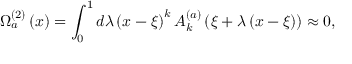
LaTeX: \Omega _ { a } ^ { \left( 2 \right) } \left( x \right) = \int _ { 0 } ^ { 1 } { d \lambda } \left( { x - \xi } \right) ^ { k } A _ { k } ^ { \left( a \right) } \left( { \xi + \lambda \left( { x - \xi } \right) } \right) \approx 0 ,